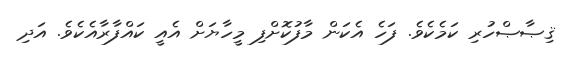
ޤިޞާޞްހުރި ކަމެކެވެ. ފަހެ އެކަން މާފުކޮށްފި މީހާޔަށް އެއީ ކައްފާރާއެކެވެ. އަދި